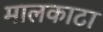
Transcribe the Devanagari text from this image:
मालकाटा